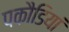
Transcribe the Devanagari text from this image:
पकौडियां